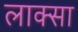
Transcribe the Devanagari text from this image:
लाक्सा